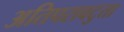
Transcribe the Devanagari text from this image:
अतिपरावटुता